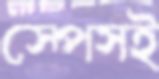
স্পেসই